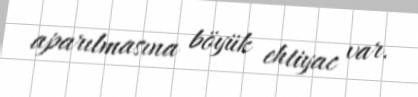
aparılmasına böyük ehtiyac var.